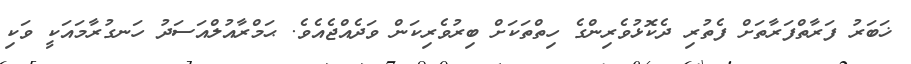
ޚަބަރު ފަރާތްފަރާތަށް ފެތުރި ދެކޮޅުވެރިންގެ ހިތްތަކަށް ބިރުވެރިކަން ވަދެއްޖެއެވެ. ޙަމްރާއުލްއަސަދު ހަނގުރާމައަކީ ވަކި